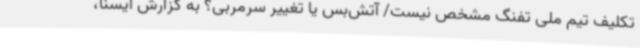
تکلیف تیم ملی تفنگ مشخص نیست/ آتش‌بس یا تغییر سرمربی؟ به گزارش ایسنا،